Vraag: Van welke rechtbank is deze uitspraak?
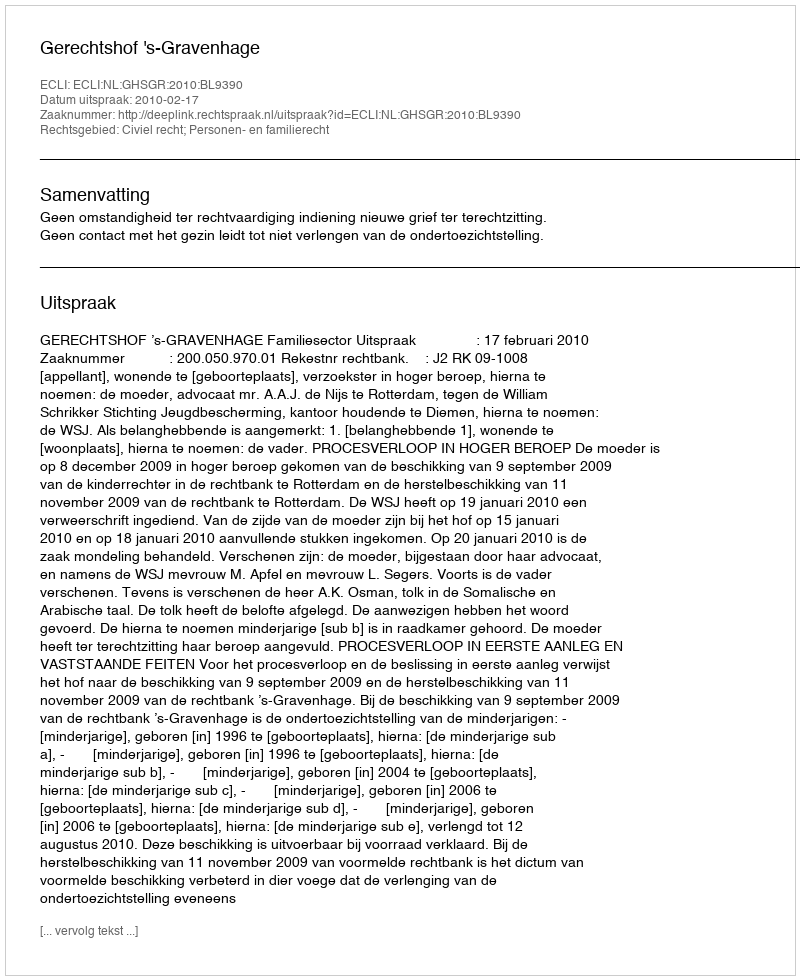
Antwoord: Gerechtshof 's-Gravenhage